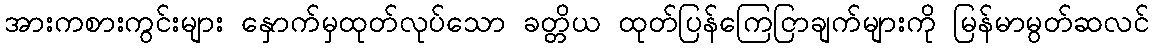
အားကစားကွင်းများ နှောက်မှထုတ်လုပ်သော ခတ္တိယ ထုတ်ပြန်ကြေငြာချက်များကို မြန်မာမွတ်ဆလင်